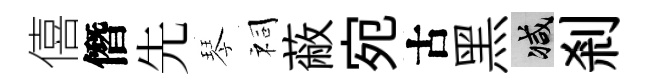
僖僭先琴祠蔽宛古黑减剎